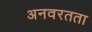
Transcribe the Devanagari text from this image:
अनवरतता